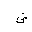
Letter: _dad